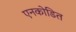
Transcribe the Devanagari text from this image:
एनकोडित